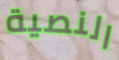
النصية